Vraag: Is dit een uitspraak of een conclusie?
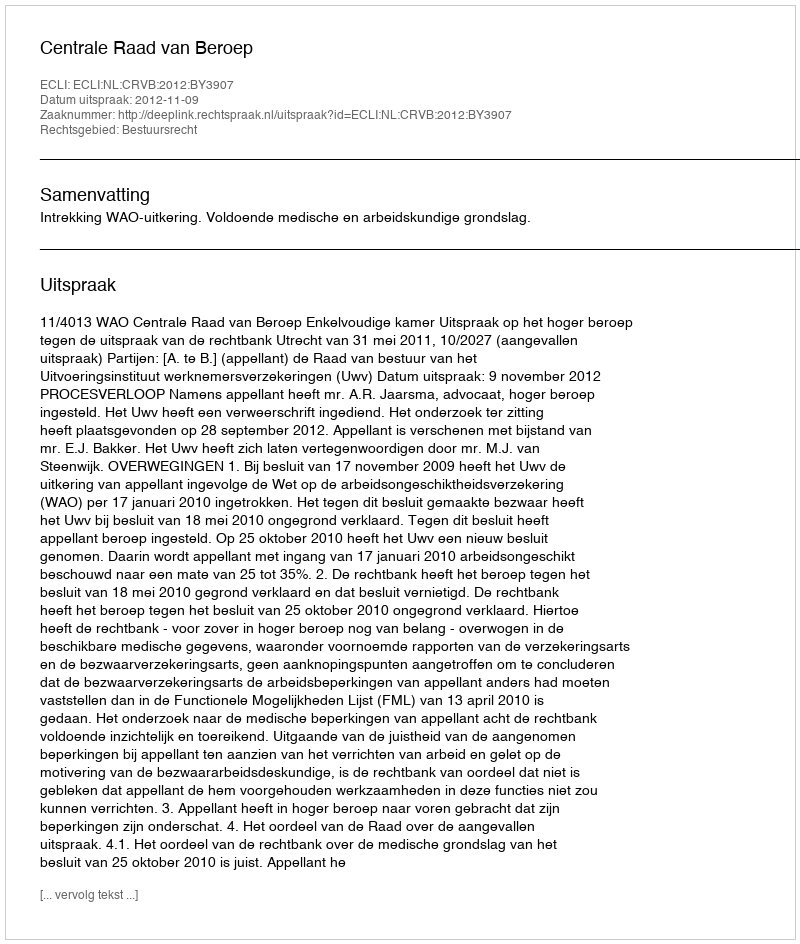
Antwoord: Uitspraak